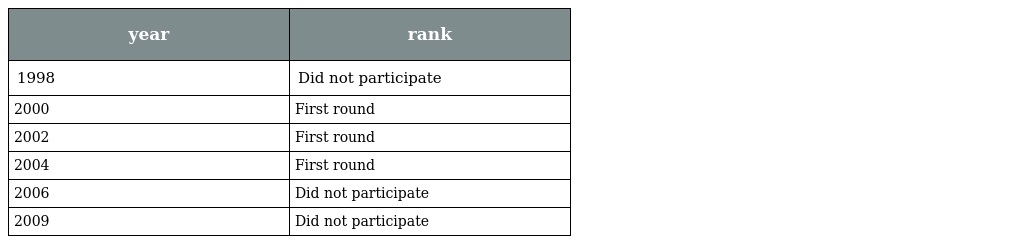
| year | rank |
 | --- | --- |
 | 1998 | Did not participate |
 | 2000 | First round |
 | 2002 | First round |
 | 2004 | First round |
 | 2006 | Did not participate |
 | 2009 | Did not participate |